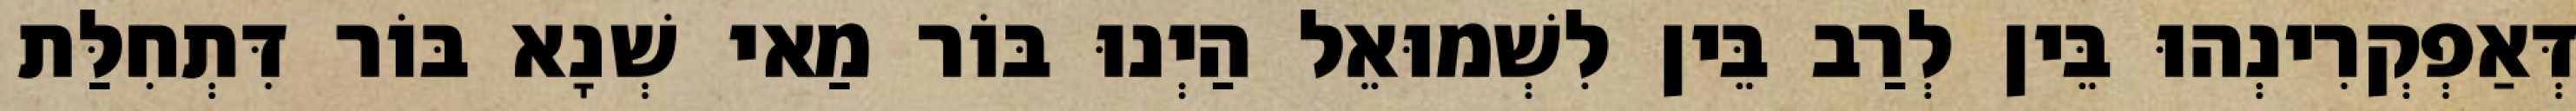
דְּאַפְקְרִינְהוּ בֵּין לְרַב בֵּין לִשְׁמוּאֵל הַיְנוּ בּוֹר מַאי שְׁנָא בּוֹר דִּתְחִלַּת